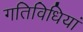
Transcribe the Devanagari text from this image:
गतिविधियां